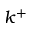
k ^ { + }